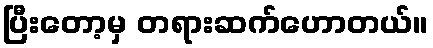
ပြီးတော့မှ တရားဆက်ဟောတယ်။